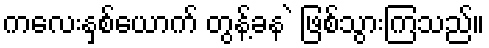
ကလေးနှစ်ယောက် တွန့်ခန ဲ ဖြစ်သွားကြသည်။